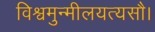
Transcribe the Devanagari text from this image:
विश्वमुन्मीलयत्यसौ।